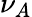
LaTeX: \nu_{A}